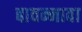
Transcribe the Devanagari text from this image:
बावन्नावा